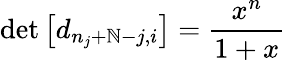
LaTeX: \operatorname*{det}\left[d_{n_{j}+\mathbb{N}-j,i}\right]=\frac{{x^{n}}}{{1+x}}